Leaving Certificate Examination (including Day School Certificate (Higher) General paper), 1929
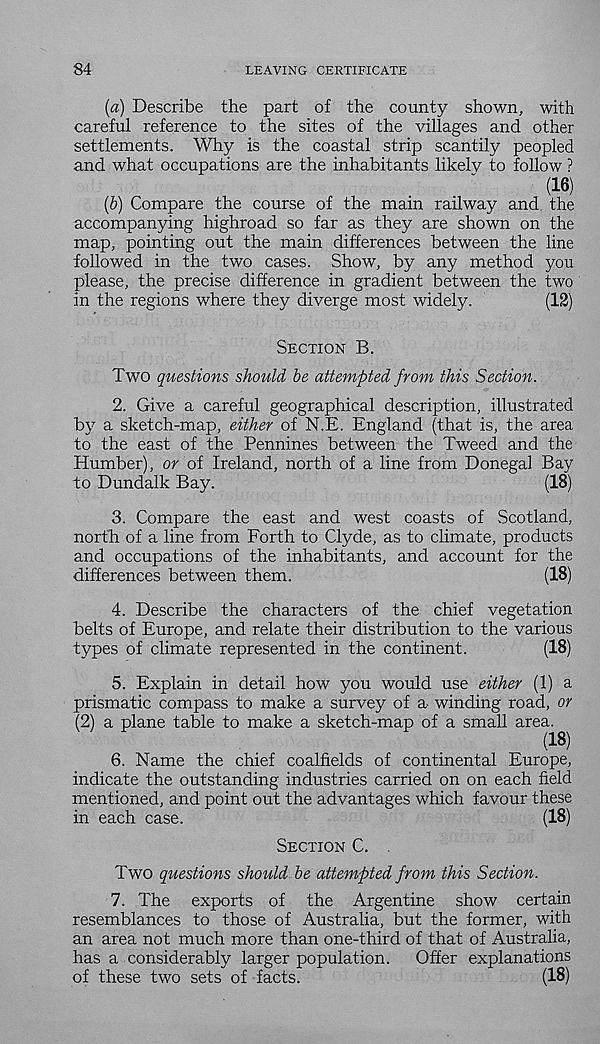
84
LEAVING CERTIFICATE
(a) Describe the part of the county shown, with
careful reference to the sites of the villages and other
settlements. Why is the coastal strip scantily peopled
and what occupations are the inhabitants likely to follow ?
(16)
(b) Compare the course of the main railway and the
accompanying highroad so far as they are shown on the
map, pointing out the main differences between the line
followed in the two cases. Show, by any method you
please, the precise difference in gradient between the two
in the regions where they diverge most widely.
(12)
Section B.
Two questions should be attempted from this Section.
2. Give a careful geographical description, illustrated
by a sketch-map, either of N.E. England (that is, the area
to the east of the Pennines between the Tweed and the
Humber), or of Ireland, north of a line from Donegal Bay
to Dundalk Bay.
(18)
3. Compare the east and west coasts of Scotland,
north of a line from Forth to Clyde, as to climate, products
and occupations of the inhabitants, and account for the
differences between them.
(18)
4. Describe the characters of the chief vegetation
belts of Europe, and relate their distribution to the various
types of climate represented in the continent.
(18)
5. Explain in detail how you would use either (1) a
prismatic compass to make a survey of a winding road, or
(2) a plane table to make a sketch-map of a small area.
(18)
6. Name the chief coalfields of continental Europe,
indicate the outstanding industries carried on on each field
mentioned, and point out the advantages which favour these
in each case.
(18)
Section C. .
Two questions should be attempted from this Section.
7. The exports of the Argentine show certain
resemblances to those of Australia, but the former, with
an area not much more than one-third of that of Australia,
has a considerably larger population.
Offer explanations
of these two sets of facts.
(18)